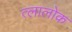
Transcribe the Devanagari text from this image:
त्लालोक